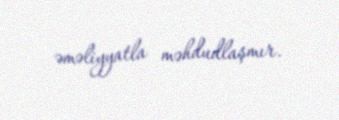
əməliyyatla məhdudlaşmır.